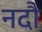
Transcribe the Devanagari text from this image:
नदौ